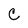
Character: C